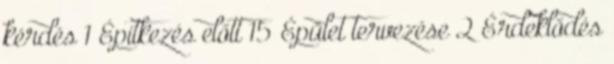
kérdés 1 Építkezés előtt 15 Épület tervezése 2 Érdeklődés